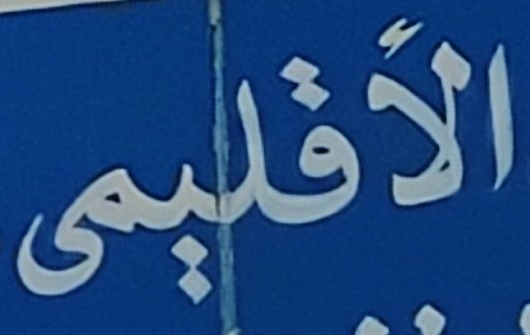
الأقليمى